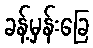
ခန့်မှန်းခြေ